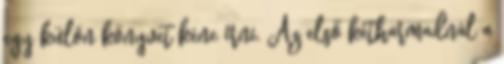
egy külön könyvet kéne írni. Az első kétharmadnál a